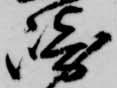
崎